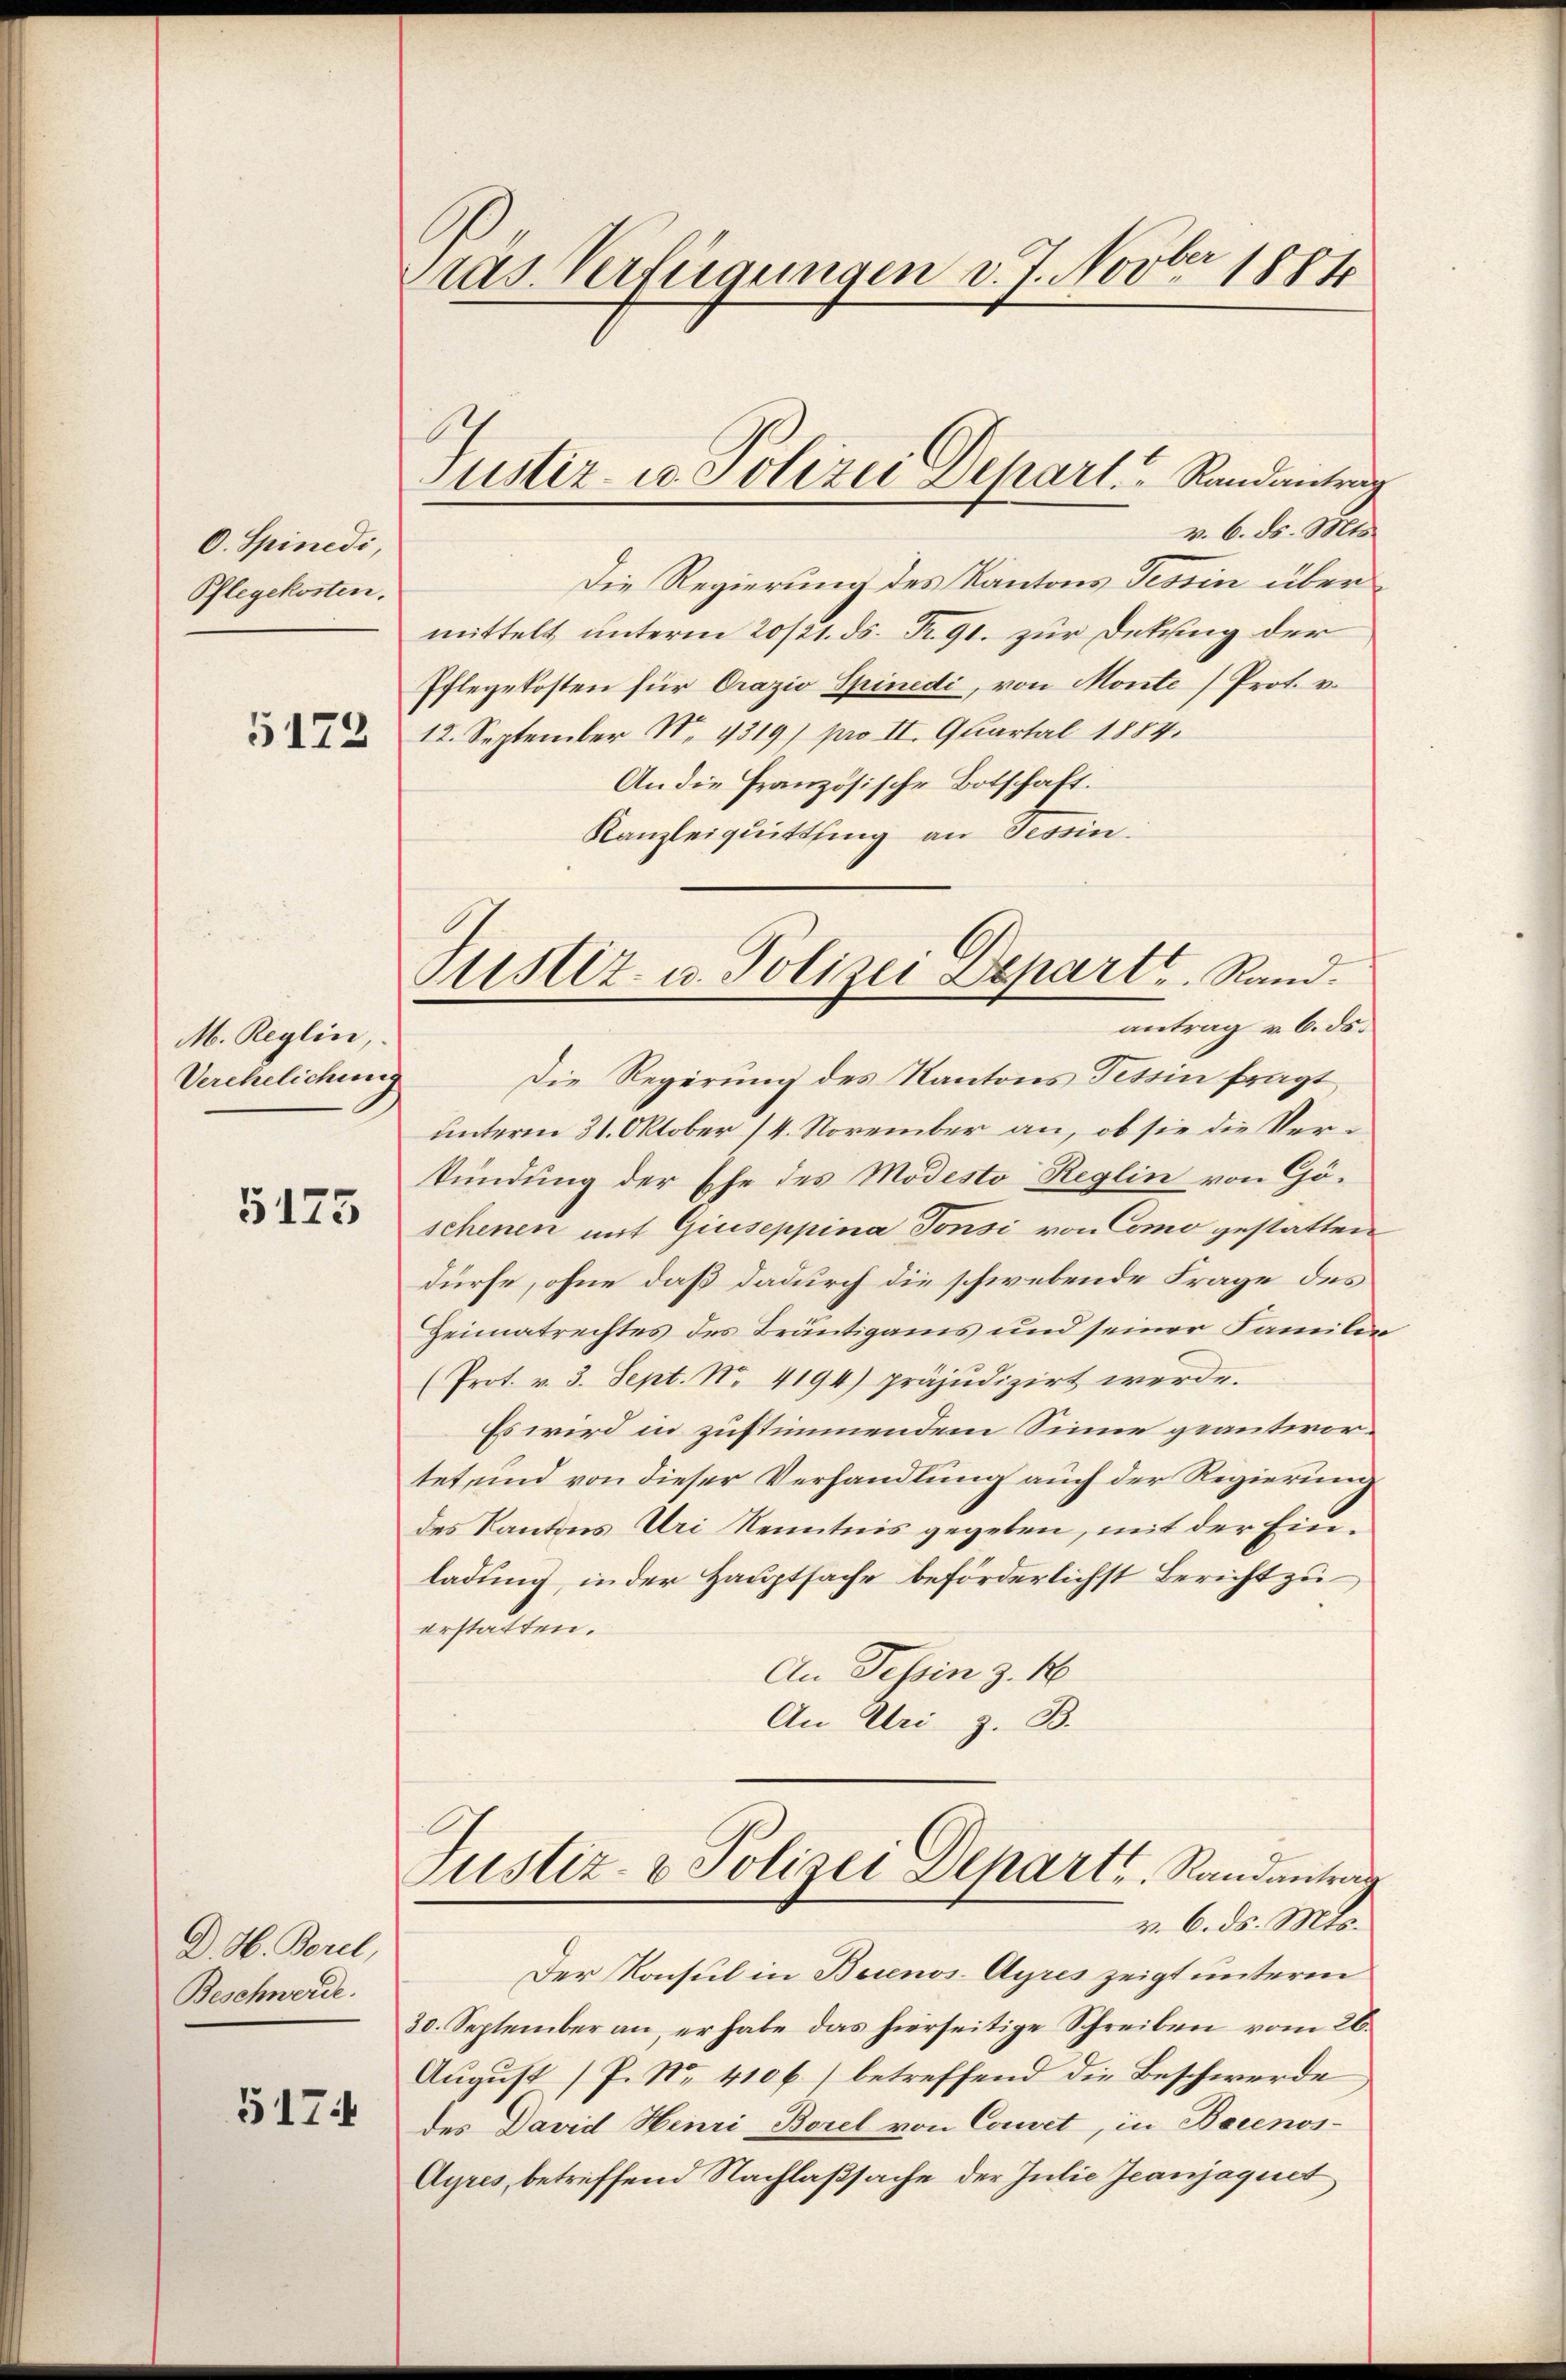
O. Spinedi,
Pflegekosten.
5173

M. Reglin,
Verehelichung

5175

D. H. Borel,
Beschwerde.

5174

Präs. Verfügungen v. J. Novber 1884

Justiz- u. Polizei Depart.   Randantrag

v. 6. ds. Mts.
Die Regierung des Kantons Tessin über
mittelt unterm 20/21. ds. Fr. 91. zur Dekung der
Eflegekosten für Orazio Spinedi, von Monte Prot. v.
12. September No 1319) pro II. Quartal 1884.
An die Französische Botschaft.
Kanzleiquittling an Tessin.

Die Regierung des Kantons Tessin fragt
unterm 31. Oktober 14. November an, ob sie die Verkündung der Ehe des Modesto Reglin von Göschenen mit Giuseppina Tonsi von Como gestatten
dürfe, ohne daß dadurch die schwebende Frage des
Heimatrechtes des Bräutigams und seiner Familie
(Prot. v. 3. Sept. Nr. 4194) präjudizirt werde.
Es wird in zustimmendem Sinne geantwortet, und von dieser Verhandlung auch der Regierung
des Kantons Uri Kenntnis gegeben, mit der Einladung, in der Hauptsache beförderlichst Bericht zu
erstatten.
An Tessin z. B
An Uri z. B.

Justiz- u. Polizei Departe. Rand.
antrag u. 6. ds.

Justiz- & Polizei Departs, Randantrag
v. 6. ds. Mts.

Der Konsul in Buenos Ayres zeigt unterm
30. September an, er habe das hierseitige Schreiben vom 26.
August /P. Nr. 410 f.) betreffend die Beschwerde
des David Henri Borel von Convet, in Bocenos-
Ayres, betreffend Nachlaßsache der Julie Jeanjaquet